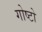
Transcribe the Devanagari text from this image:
गोष्टो